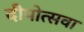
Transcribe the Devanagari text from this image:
दीपोत्सवा